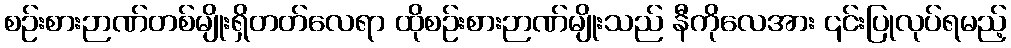
စဉ်းစားဉာဏ်တစ်မျိုးရှိတတ်လေရာ ထိုစဉ်းစားဉာဏ်မျိုးသည် နီကိုလေအား ၎င်းပြုလုပ်ရမည့်